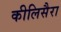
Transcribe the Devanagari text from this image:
कीलिसैरा